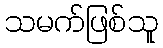
သမက်ဖြစ်သူ